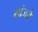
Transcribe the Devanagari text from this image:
गांजवे